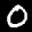
Label: 0